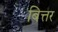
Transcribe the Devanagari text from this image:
बित्तर